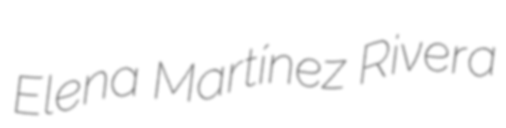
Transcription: Elena Martínez Rivera